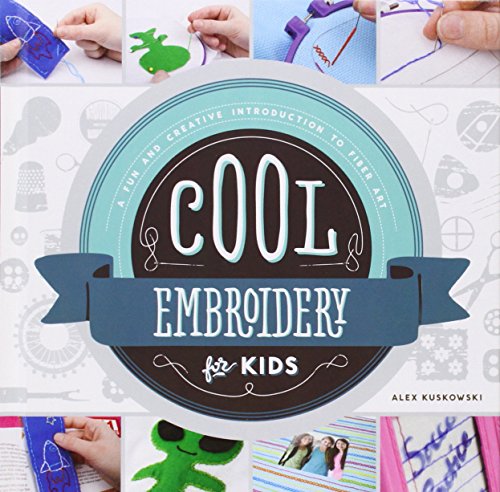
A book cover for Cool Embroidery for Kids:: A Fun and Creative Introduction to Fiber Art (Cool Fiber Art); Alex Kuskowski; Crafts, Hobbies & Home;